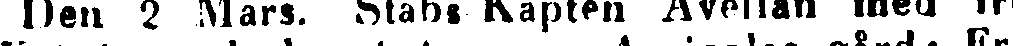
Den 2 Mars. Stabs Kapten Avellan med fru